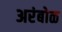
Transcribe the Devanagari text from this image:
अरंबोळ